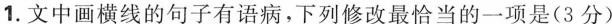
1.文中画横线的句子有语病，下列修改最恰当的一项是(3分)